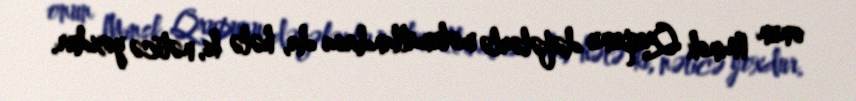
onun Minsk Qrupunu dəfələrlə məlumatlandırsa da, hələ ki, nəticə yoxdur.